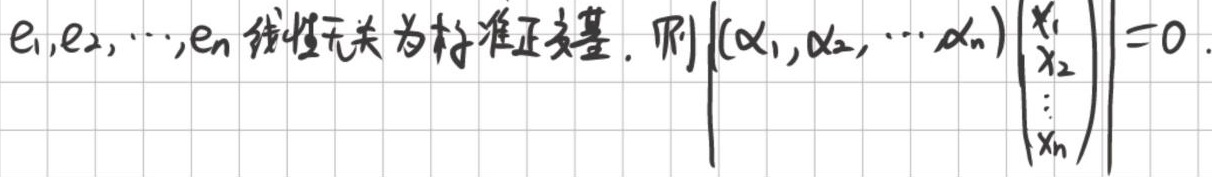
\(e_1,e_2,\cdots,e_n\) 线性无关且为标准正交基，则\(\left|\begin{pmatrix}\alpha_1,\alpha_2,\cdots,\alpha_n\end{pmatrix}\begin{pmatrix}x_1 \\x_2 \\\vdots \\x_n\end{pmatrix}\right| = 0\)。